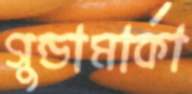
গুন্ডামার্কা